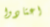
اعتادوا